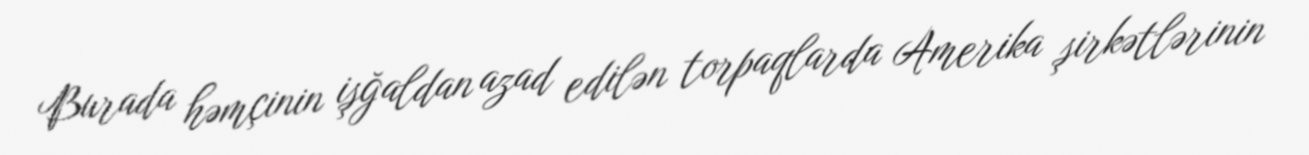
Burada həmçinin işğaldan azad edilən torpaqlarda Amerika şirkətlərinin